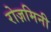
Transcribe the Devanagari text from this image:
रोज़मिनी